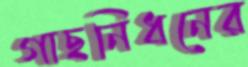
গাছনিধনের